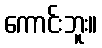
ကောင်းဘူး။